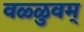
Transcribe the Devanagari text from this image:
वळ्ळुवम्